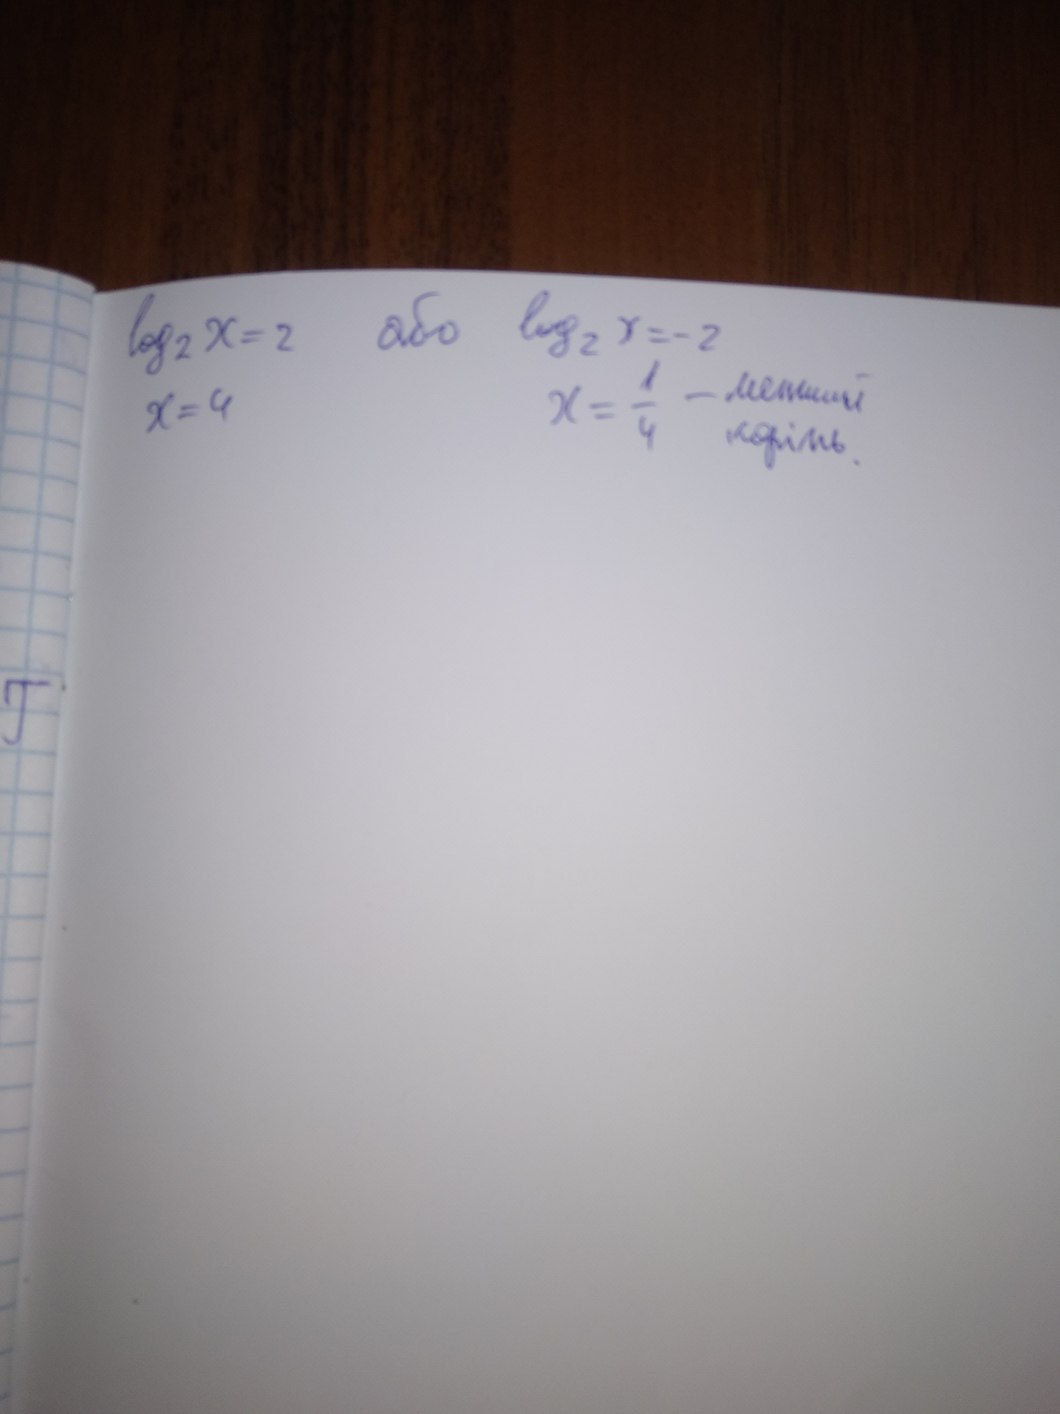
log2 x = 2 або log2 x = -2
x = 1/4 - менший корінь
x = 4